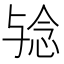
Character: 𱍟